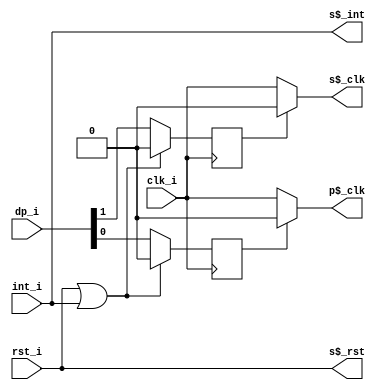
module oks8_power (/*AUTOARG*/
  // Inputs
  clk_i, rst_i,
  int_i, dp_i,
  // Outputs
  s$_clk, p$_clk, s$_rst, s$_int);

// EXTERNAL CONTROL SIGNALS
input clk_i, rst_i;

// SYSTEM & CPU CLOCK SIGNALS
output s$_clk, p$_clk, s$_rst;

// INTERRUPTS
input int_i;
output s$_int;

// DECODER INTERFACE
input [1:0] dp_i;
reg idle, stop;

assign s$_clk = (stop) ? 1'b0 : clk_i;
assign p$_clk = (idle) ? 1'b0 : clk_i;
assign s$_rst = rst_i;
assign s$_int = int_i;

always @(posedge clk_i)
  if (rst_i || int_i) begin
	idle <= 0;
	stop <= 0;
  end else begin
	stop <= dp_i[1];
	idle <= dp_i[0];
  end

endmodule